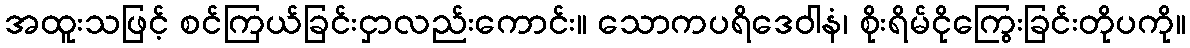
အထူးသဖြင့် စင်ကြယ်ခြင်းငှာလည်းကောင်း။ သောကပရိဒေဝါနံ၊ စိုးရိမ်ငိုကြွေးခြင်းတိုပကို။